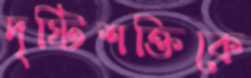
দৃষ্টিশক্তিকে